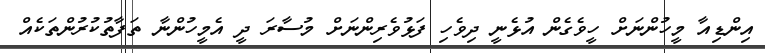
އިންޑިއާ މީހުންނަށް ހީވެގެން އުޅެނީ ދިވެހި ފަޅުވެރިންނަށް މުސާރަ ދީ އެމީހުންނާ ތަފާތުކުރުންތަކެއް